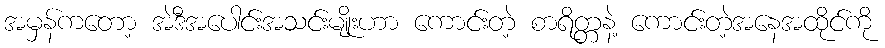
အမှန်ကတော့ အဲဒီအပေါင်းအသင်းမျိုးဟာ ကောင်းတဲ့ စာရိတ္တနဲ့ ကောင်းတဲ့အနေအထိုင်ကို